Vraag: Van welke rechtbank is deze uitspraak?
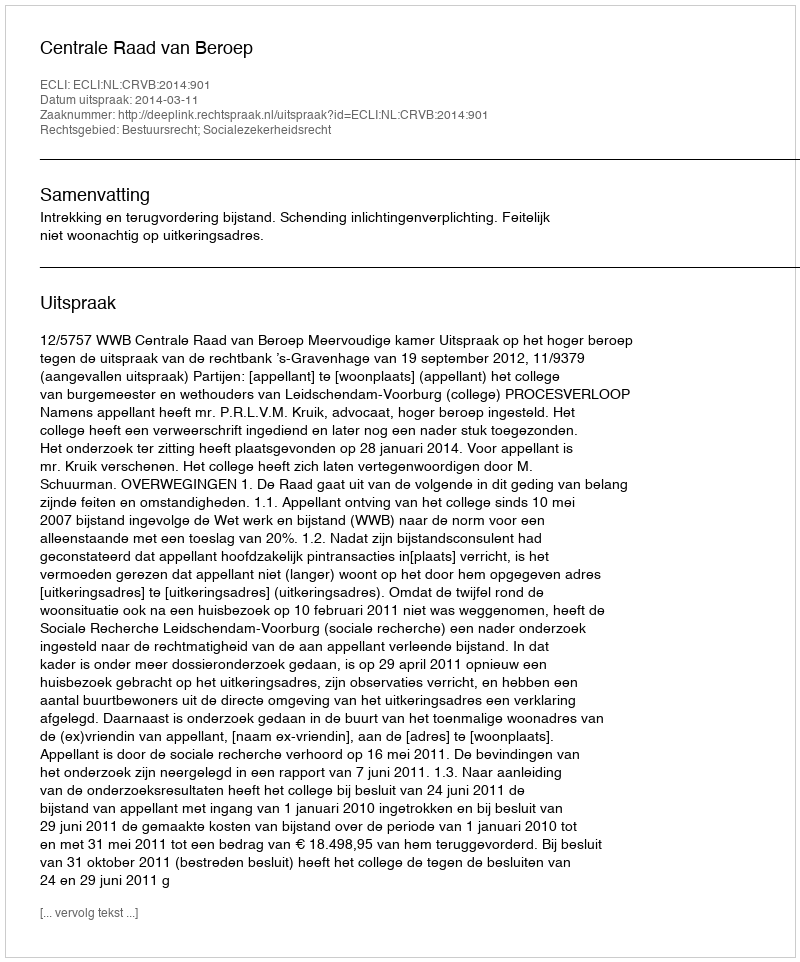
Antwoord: Centrale Raad van Beroep